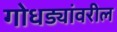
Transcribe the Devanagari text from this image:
गोधड्यांवरील